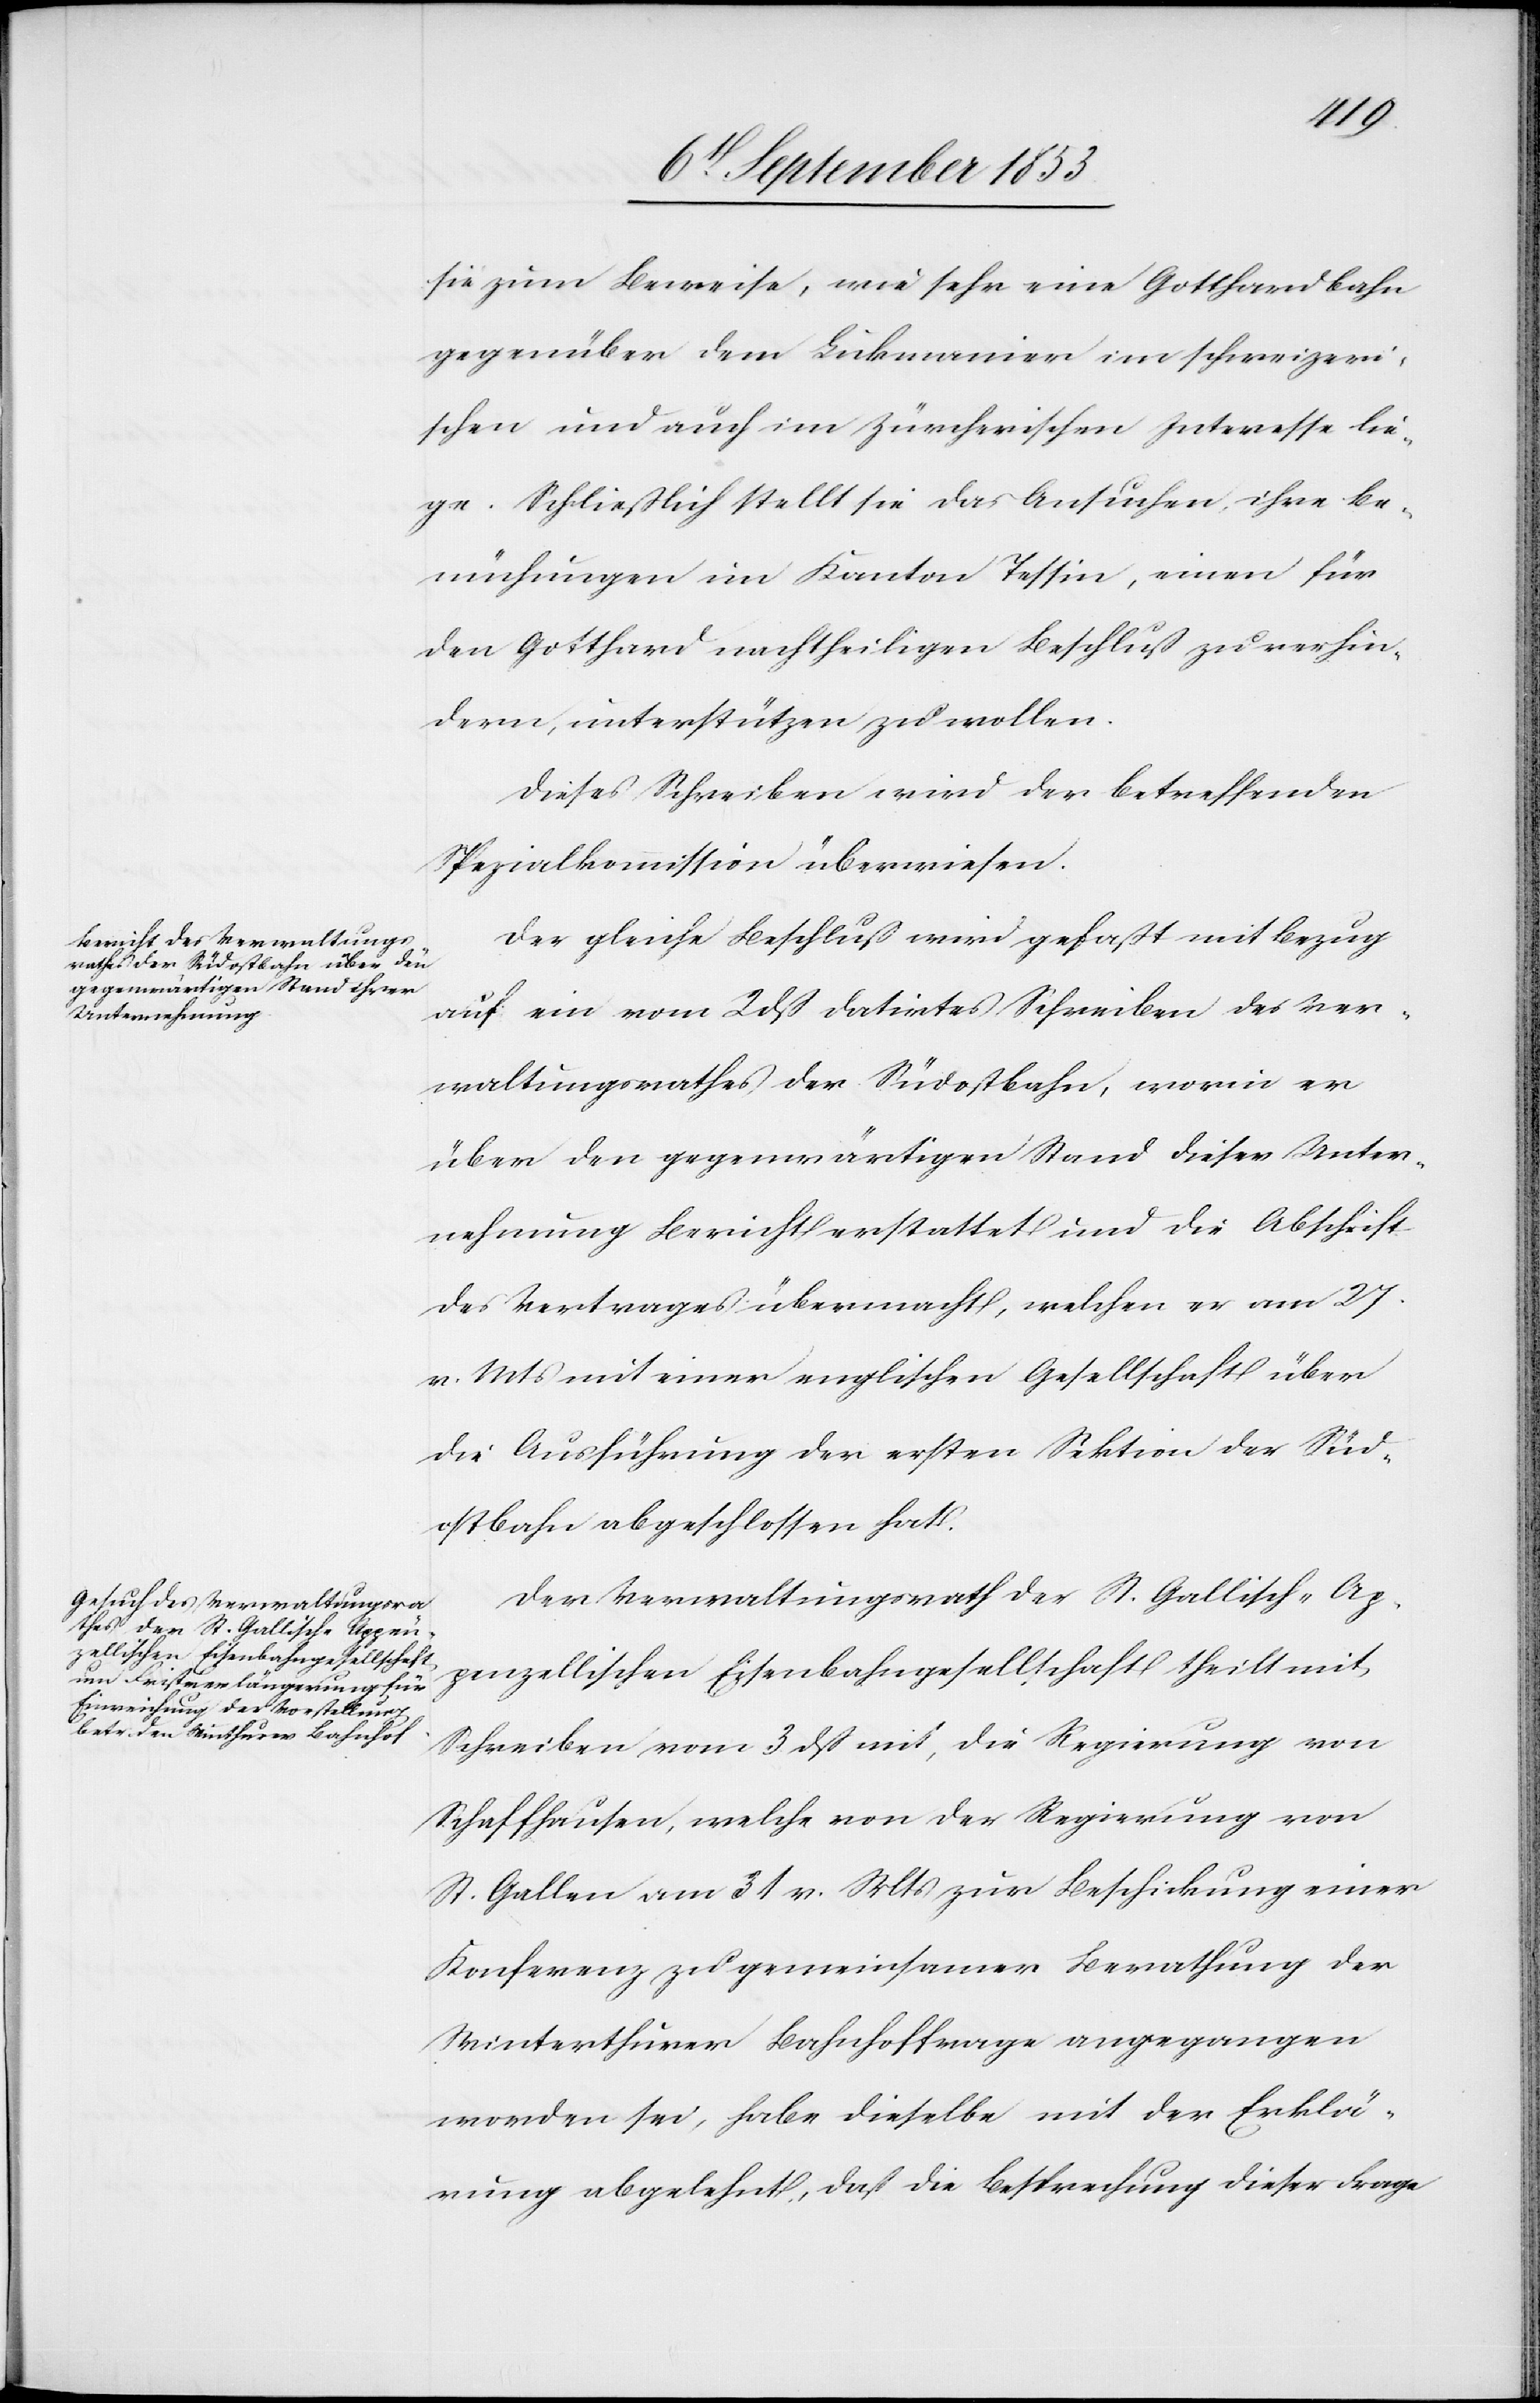
sie zum Beweise, wie sehr eine Gotthardbahn
gegenüber dem Lukmanier im schweizeri¬
schen und auch im Zürcherischen Interesse lie¬
ge. Schließlich stellt sie das Ansuchen, ihre Be¬
mühungen im Kanton Tessin, einen für
den Gotthard nachtheiligen Beschluß zu verhin¬
dern, unterstützen zu wollen.
Dieses Schreiben wird der betreffenden
Spezialkommission überwiesen.
Der gleiche Beschluß wird gefaßt mit Bezug
auf ein vom 2 dß datirtes Schreiben des Ver¬
waltungsrathes der Südostbahn, worin er
über den gegenwärtigen Stand dieser Unter¬
nehmung Bericht erstattet und die Abschrift
des Vertrages übermacht, welchen er am 27
v. Mts. mit einer englischen Gesellschaft über
die Ausführung der ersten Sektion der Süd¬
ostbahn abgeschlossen.
Der Verwaltungsrath der St. Gallisch-Ap¬
penzellischen Eisenbahngesellschaft theilt mit
Schreiben vom 3 dß mit, die Regierung von
Schaffhausen, welche von der Regierung von
St. Gallen am 31 v. Mts. zur Beschickung einer
Konferenz zu gemeinsamer Berathung der
Winterthurer Bahnhoffrage angegangen
worden sei, habe dieselbe mit der Erklä¬
rung abgelehnt, daß die Besprechung dieser Frage